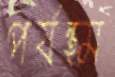
পর্যন্ত্ম